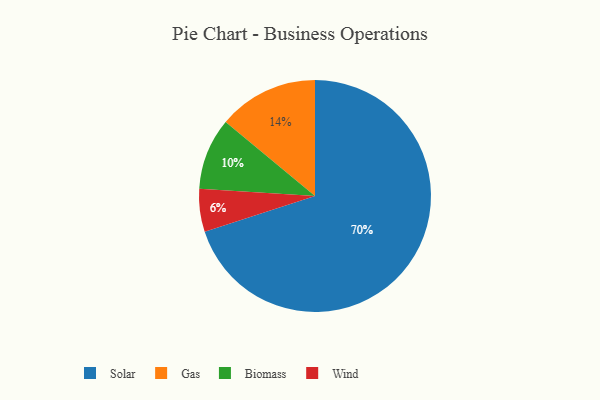
{"axis": {"x": "Category", "y": "Percentage"}, "legend": ["Biomass", "Gas", "Solar", "Wind"], "data": [{"x": "Gas", "y": 14, "type": "Gas"}, {"x": "Biomass", "y": 10, "type": "Biomass"}, {"x": "Wind", "y": 6, "type": "Wind"}, {"x": "Solar", "y": 70, "type": "Solar"}]}